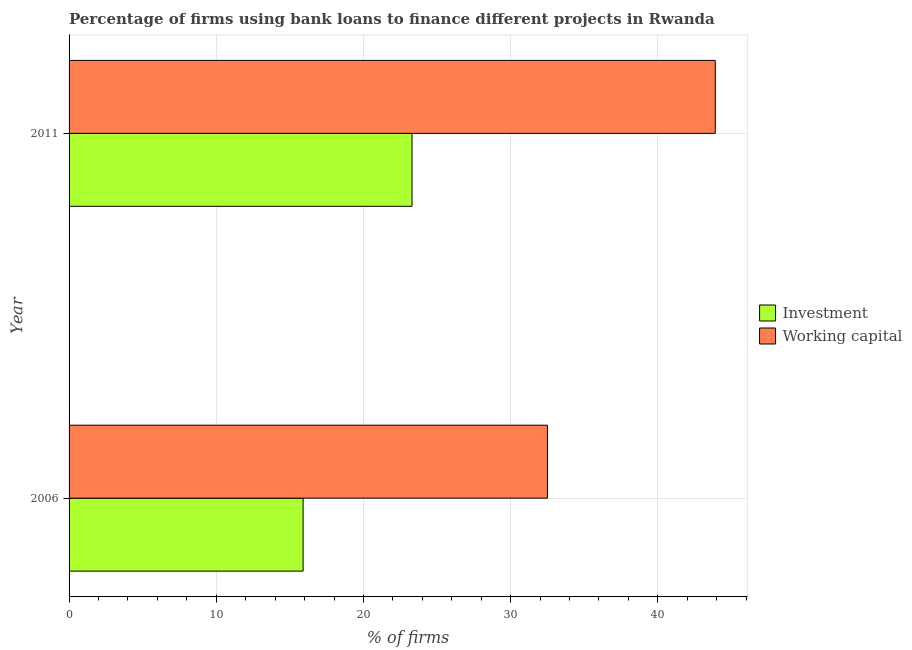
| Year | Investment | Working capital |
 | --- | --- | --- |
 | 2006 | 15.9 | 32.5 |
 | 2011 | 23.3 | 43.9 |